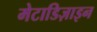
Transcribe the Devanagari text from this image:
मेटाडिज़ाइन